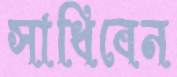
সাধিবেন